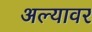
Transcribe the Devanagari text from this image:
अल्यावर